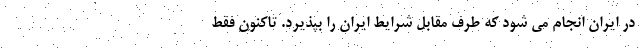
در ایران انجام می شود که طرف مقابل شرایط ایران را بپذیرد. تاکنون فقط